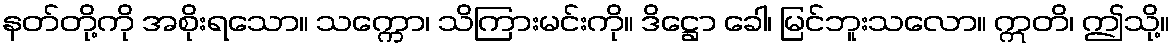
နတ်တို့ကို အစိုးရသော။ သက္ကော၊ သိကြားမင်းကို။ ဒိဋ္ဌော ခေါ၊ မြင်ဘူးသလော။ ဣတိ၊ ဤသို့။